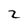
Character: 2